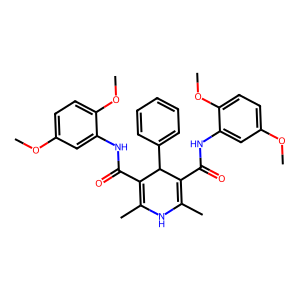
SMILES: COc1ccc(OC)c(NC(=O)C2=C(C)NC(C)=C(C(=O)Nc3cc(OC)ccc3OC)C2c2ccccc2)c1
Inhibits HIV replication: No